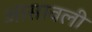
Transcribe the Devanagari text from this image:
आसावली